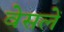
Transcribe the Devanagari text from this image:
वेसलें